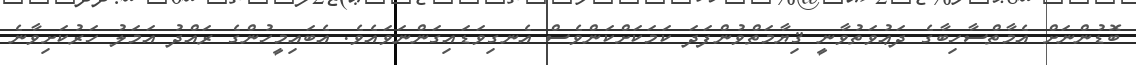
ބޮޑުންނަށް އެމާތްސާހިބާގެ ދަޢުވަތުވާނީ ޤިޔާމަތްވުންފަދަ ކަމަކަށްކަންވެސް އެނގިވަޑައިގަންނަވައެވެ. އެބައިމީހުންގެ ރައްދު އަމަލު ހަރުކަށިވާނެ